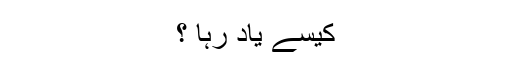
کیسے یاد رہا ؟